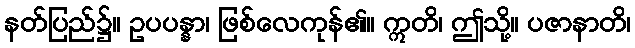
နတ်ပြည်၌။ ဥပပန္နာ၊ ဖြစ်လေကုန်၏။ ဣတိ၊ ဤသို့။ ပဇာနာတိ၊